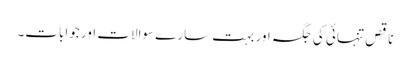
ناقص تنہائی کی جگہ اور بہت سارے سوالات اور جوابات۔